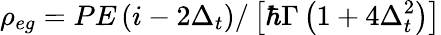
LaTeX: \rho_{eg}=PE\left(i-2\Delta_{t}\right)/\left[\hbar\Gamma\left(1+4\Delta_{t}^{2}\right)\right]